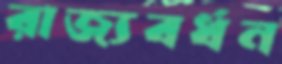
রাজ্যবর্ধন